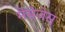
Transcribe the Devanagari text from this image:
मेसेजेस्